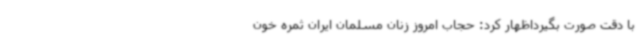
با دقت صورت بگیرداظهار کرد: حجاب امروز زنان مسلمان ایران ثمره خون